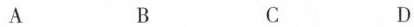
A B C D